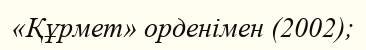
«Құрмет» орденімен (2002);